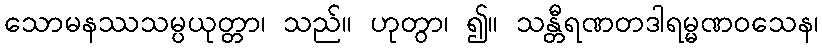
သောမနဿသမ္ပယုတ္တာ၊ သည်။ ဟုတွာ၊ ၍။ သန္တီရဏတဒါရမ္မဏဝသေန၊